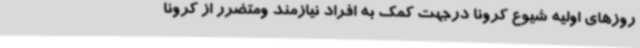
روزهای اولیه شیوع کرونا درجهت کمک به افراد نیازمند ومتضرر از کرونا